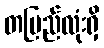
တပြည်လုံးရှိ